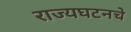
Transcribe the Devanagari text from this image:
राज्यघटनचे